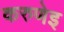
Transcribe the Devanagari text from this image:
करुणेइ